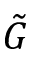
\tilde { G }